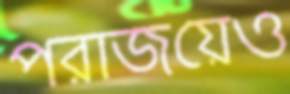
পরাজয়েও